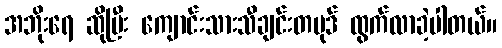
အဘိုးရေ ဆိုပြီး ကျောင်းသားသီချင်းတပုဒ် ထွက်လာခဲ့ပါတယ်။